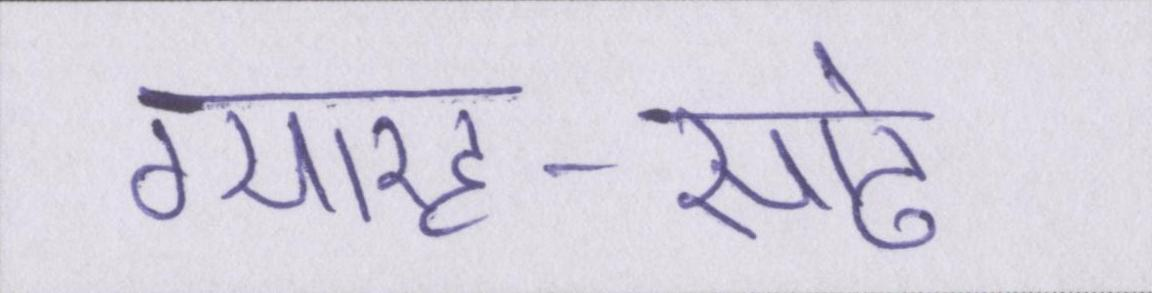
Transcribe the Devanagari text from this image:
ग्यारह-साढे